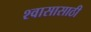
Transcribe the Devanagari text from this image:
श्वासासाठी